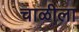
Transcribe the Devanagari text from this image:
चाळीला